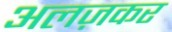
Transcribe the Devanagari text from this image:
अलज़कर